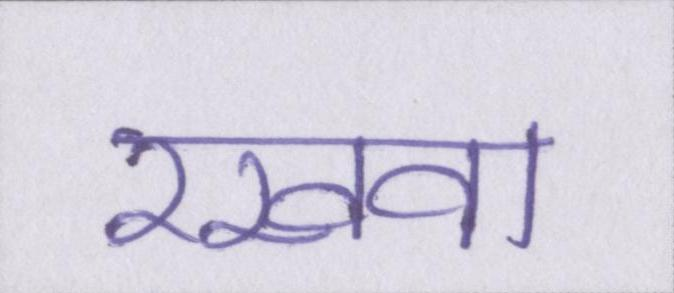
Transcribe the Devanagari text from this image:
रखवा